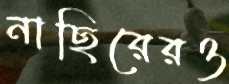
নাছিরেরও